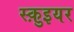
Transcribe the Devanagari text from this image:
स्क़ुइयर